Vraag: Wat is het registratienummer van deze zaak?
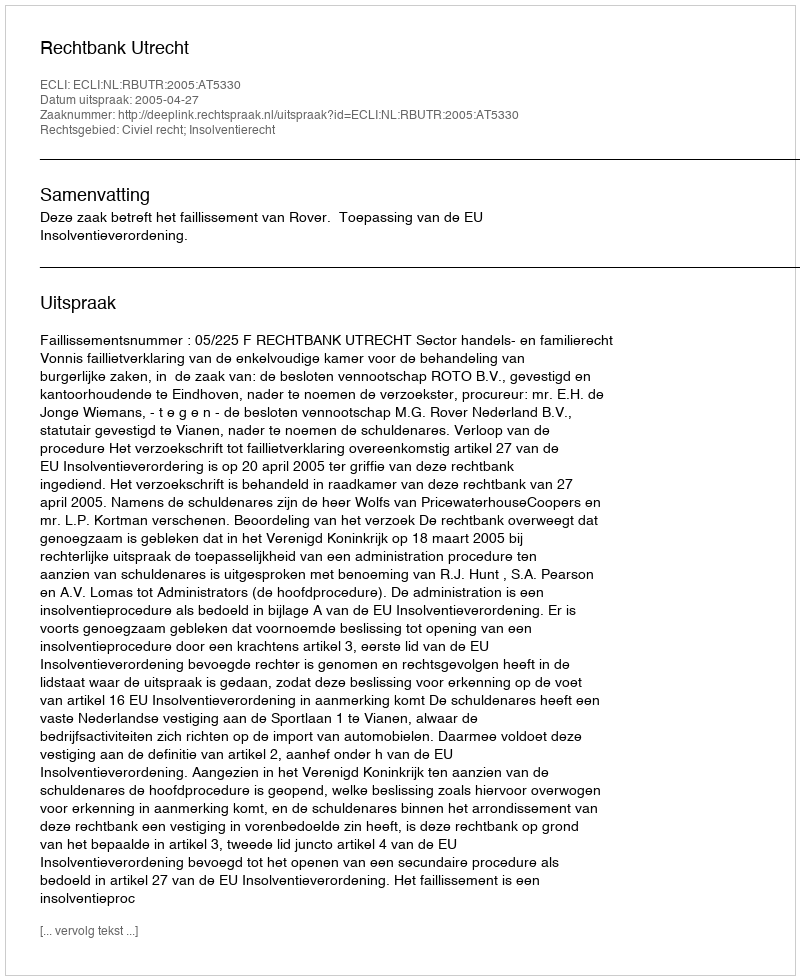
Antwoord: http://deeplink.rechtspraak.nl/uitspraak?id=ECLI:NL:RBUTR:2005:AT5330